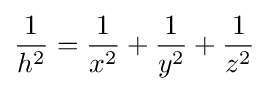
{\frac {1}{h^{2}}}={\frac {1}{x^{2}}}+{\frac {1}{y^{2}}}+{\frac {1}{z^{2}}}